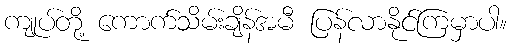
ကျုပ်တို့ ကောက်သိမ်းချိန်အမီ ပြန်လာနိုင်ကြမှာပါ။